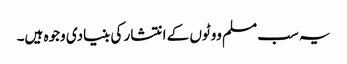
یہ سب مسلم ووٹوں کے انتشار کی بنیادی وجوہ ہیں۔